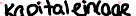
Kapitaleinlage